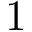
1